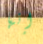
إنها